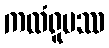
ကထံရူပဿ